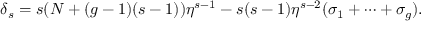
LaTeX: \delta _ { s } = s ( N + ( g - 1 ) ( s - 1 ) ) \eta ^ { s - 1 } - s ( s - 1 ) \eta ^ { s - 2 } ( \sigma _ { 1 } + \cdots + \sigma _ { g } ) .